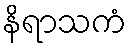
နိရာသကံ